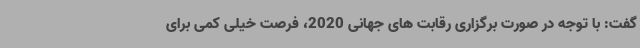
گفت: با توجه در صورت برگزاری رقابت های جهانی 2020، فرصت خیلی کمی برای